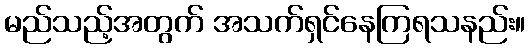
မည်သည့်အတွက် အသက်ရှင်နေကြရသနည်း။